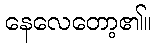
နေလေတော့၏။